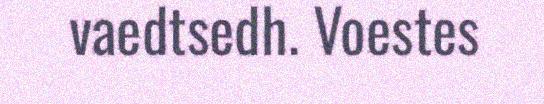
vaedtsedh. Voestes